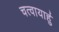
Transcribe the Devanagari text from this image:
चत्वायार्हु